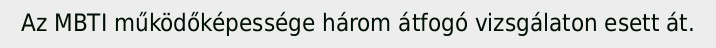
Az MBTI működőképessége három átfogó vizsgálaton esett át.